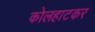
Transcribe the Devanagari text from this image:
कोलहाटकर